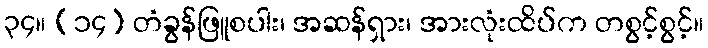
၃၄။ (၁၄) တံခွန်ဖြူစပါး၊ အဆန်ရှား၊ အားလုံးထိပ်က တစွင့်စွင့်။